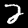
Label: 2